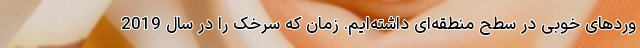
وردهای خوبی در سطح منطقه‌ای داشته‌ایم. زمان که سرخک را در سال 2019